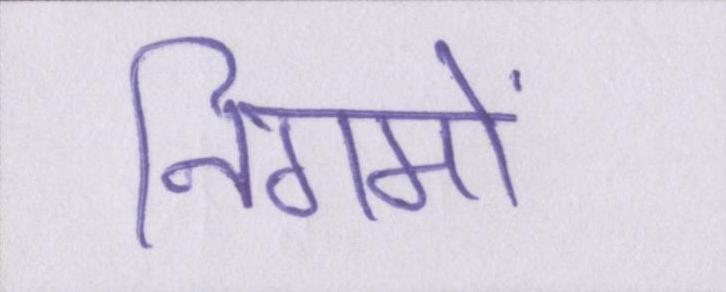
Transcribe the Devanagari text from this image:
निगमों